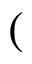
(